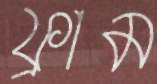
ফ্রাম